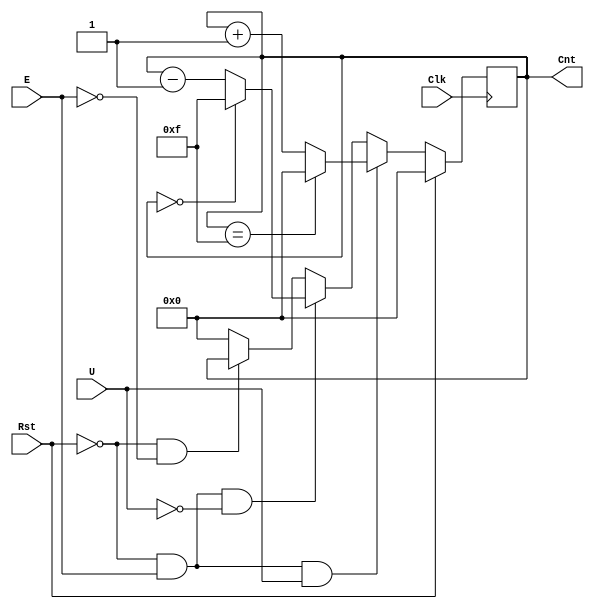
`timescale 1ns / 1ps
//////////////////////////////////////////////////////////////////////////////////
// Company: 
// Engineer: 
// 
// Design Name: 
// Module Name:    UDCounter 
// Project Name: 
// Target Devices: 
// Tool versions: 
// Description: 
//
// Dependencies: 
//
// Revision: 
// Revision 0.01 - File Created
// Additional Comments: 
//
//////////////////////////////////////////////////////////////////////////////////
module UDCounter(Clk, Rst, E, U, Cnt);

	input Clk, Rst, E, U;
	output reg [3:0] Cnt;


	always @(posedge Clk) begin
		if(Rst == 1)
			Cnt <= 4'b0000;
		else if (Rst == 0 && E == 1 && U == 1)
			if (Cnt == 15)
			begin
				Cnt <= 4'b0000;
			end
			else
			begin
				Cnt <= Cnt + 4'b0001;
			end
		else if (Rst == 0 && E == 1 && U == 0)
			if (Cnt == 0)
			begin
				Cnt <= 4'b1111;
			end
			else
			begin
				Cnt <= Cnt - 4'b0001;
			end
		else if (Rst == 0 && E == 0)
			Cnt <= Cnt;
		else
			Cnt <= 4'b0000;
	end

	


endmodule